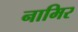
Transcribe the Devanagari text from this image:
नामिर